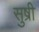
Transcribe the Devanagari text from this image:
सुष्री